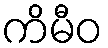
ကိမီဝ